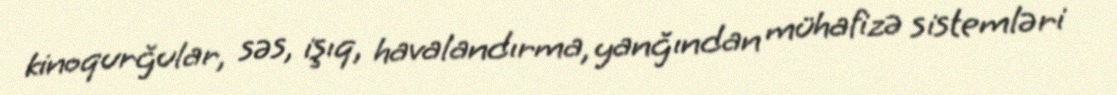
kinoqurğular, səs, işıq, havalandırma, yanğından mühafizə sistemləri